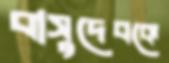
বাসুদেবকে